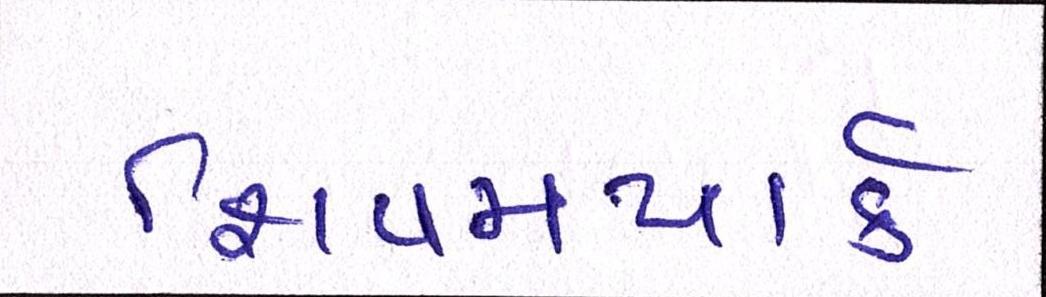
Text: શિવમપાર્ક